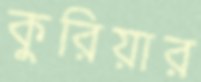
কুরিয়ার